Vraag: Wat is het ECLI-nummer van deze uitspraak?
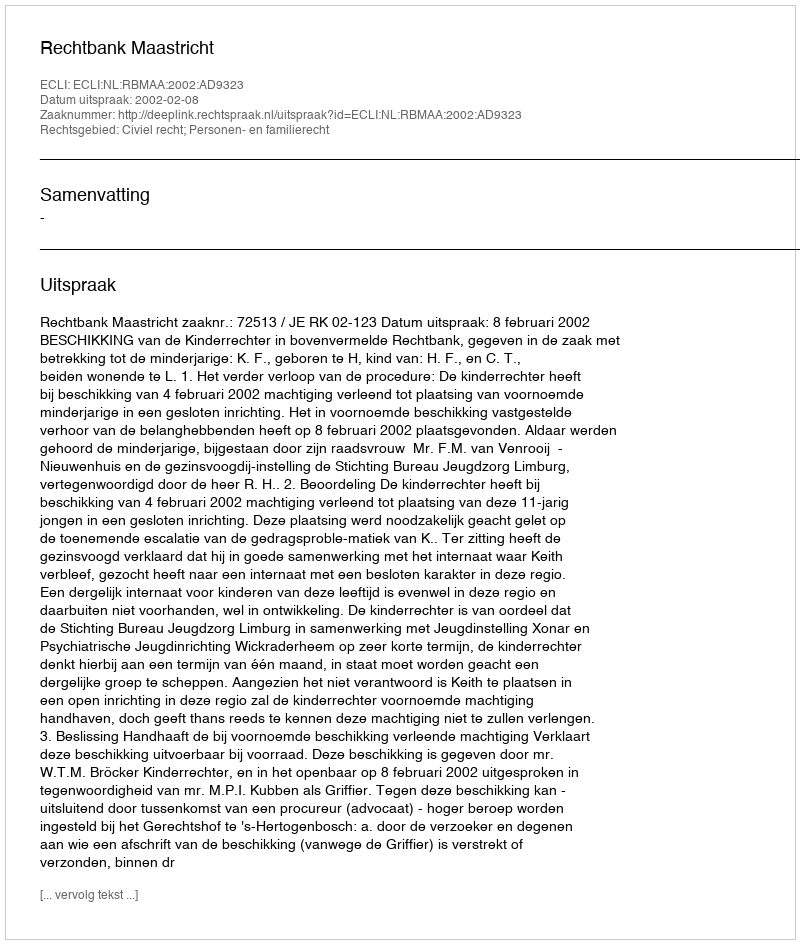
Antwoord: ECLI:NL:RBMAA:2002:AD9323